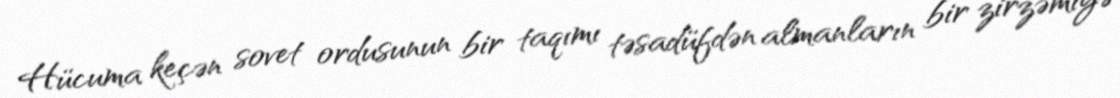
Hücuma keçən sovet ordusunun bir taqımı təsadüfdən almanların bir zirzəmiyə